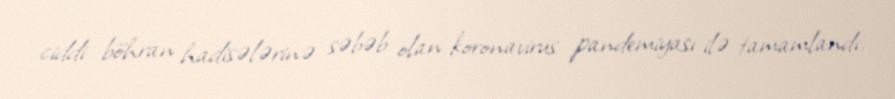
ciddi böhran hadisələrinə səbəb olan koronavirus pandemiyası ilə tamamlandı.